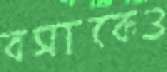
বসাকেও